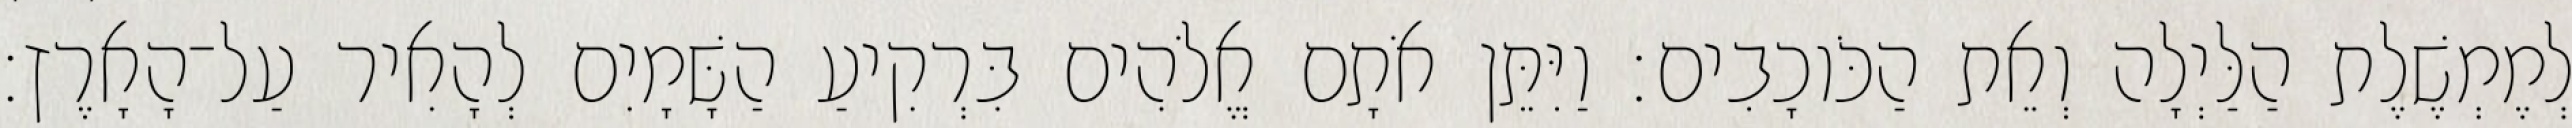
לְמֶמְשֶׁלֶת הַלַּיְלָה וְאֵת הַכֹּוכָבִים׃ וַיִּתֵּן אֹתָם אֱלֹהִים בִּרְקִיעַ הַשָּׁמָיִם לְהָאִיר עַל־הָאָרֶץ׃